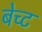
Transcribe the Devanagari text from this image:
बेच्ट